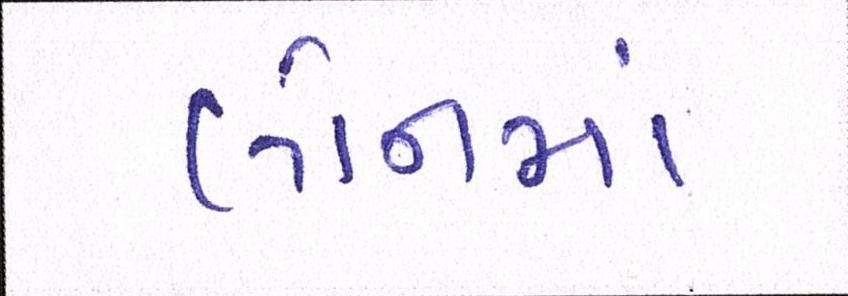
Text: લોનમાં